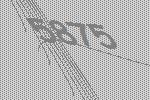
5875